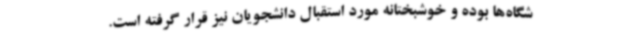
شگاه‌ها بوده و خوشبختانه مورد استقبال دانشجویان نیز قرار گرفته است.